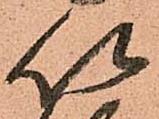
以